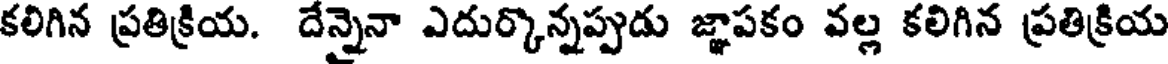
కలిగిన ప్రతిక్రియ. దేన్నైనా ఎదుర్కొన్నప్పుడు జ్ఞాపకం వల్ల కలిగిన ప్రతిక్రియ